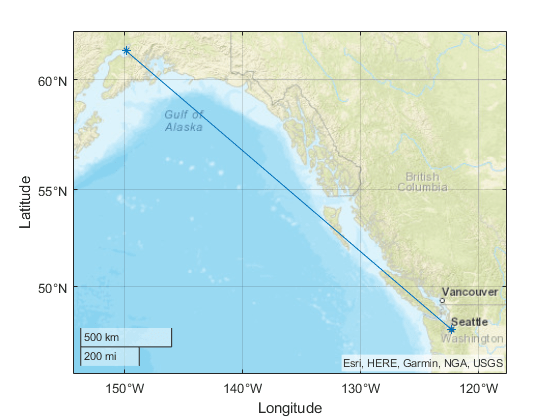
matlab, geoplot, geolimits, geobasemap